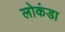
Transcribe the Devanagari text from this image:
लोकंडा